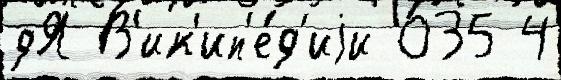
дЯ В'ик'ип'е́д'иjи 035 4